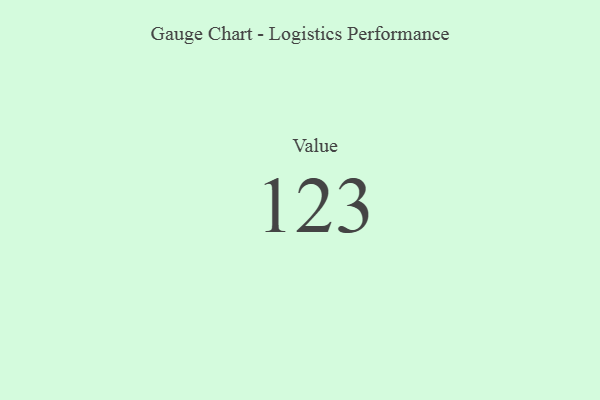
{"axis": {"x": "Metric", "y": "Value"}, "legend": [""], "data": [{"x": "Value", "y": 123, "type": ""}]}